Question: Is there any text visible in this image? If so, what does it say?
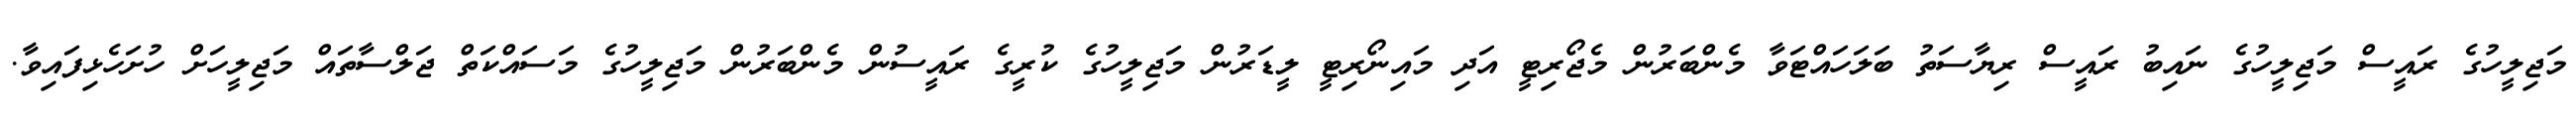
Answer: މަޖިލީހުގެ ރައީސް މަޖިލީހުގެ ނައިބު ރައީސް ރިޔާސަތު ބަލަހައްޓަވާ މެންބަރުން މެޖޯރިޓީ އަދި މައިނޯރިޓީ ލީޑަރުން މަޖިލީހުގެ ކުރީގެ ރައީސުން މެންބަރުން މަޖިލީހުގެ މަސައްކަތް ޖަލްސާތައް މަޖިލީހަށް ހުށަހެޅިފައިވާ.